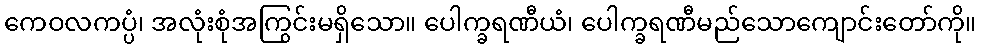
ကေဝလကပ္ပံ၊ အလုံးစုံအကြွင်းမရှိသော။ ပေါက္ခရဏီယံ၊ ပေါက္ခရဏီမည်သောကျောင်းတော်ကို။